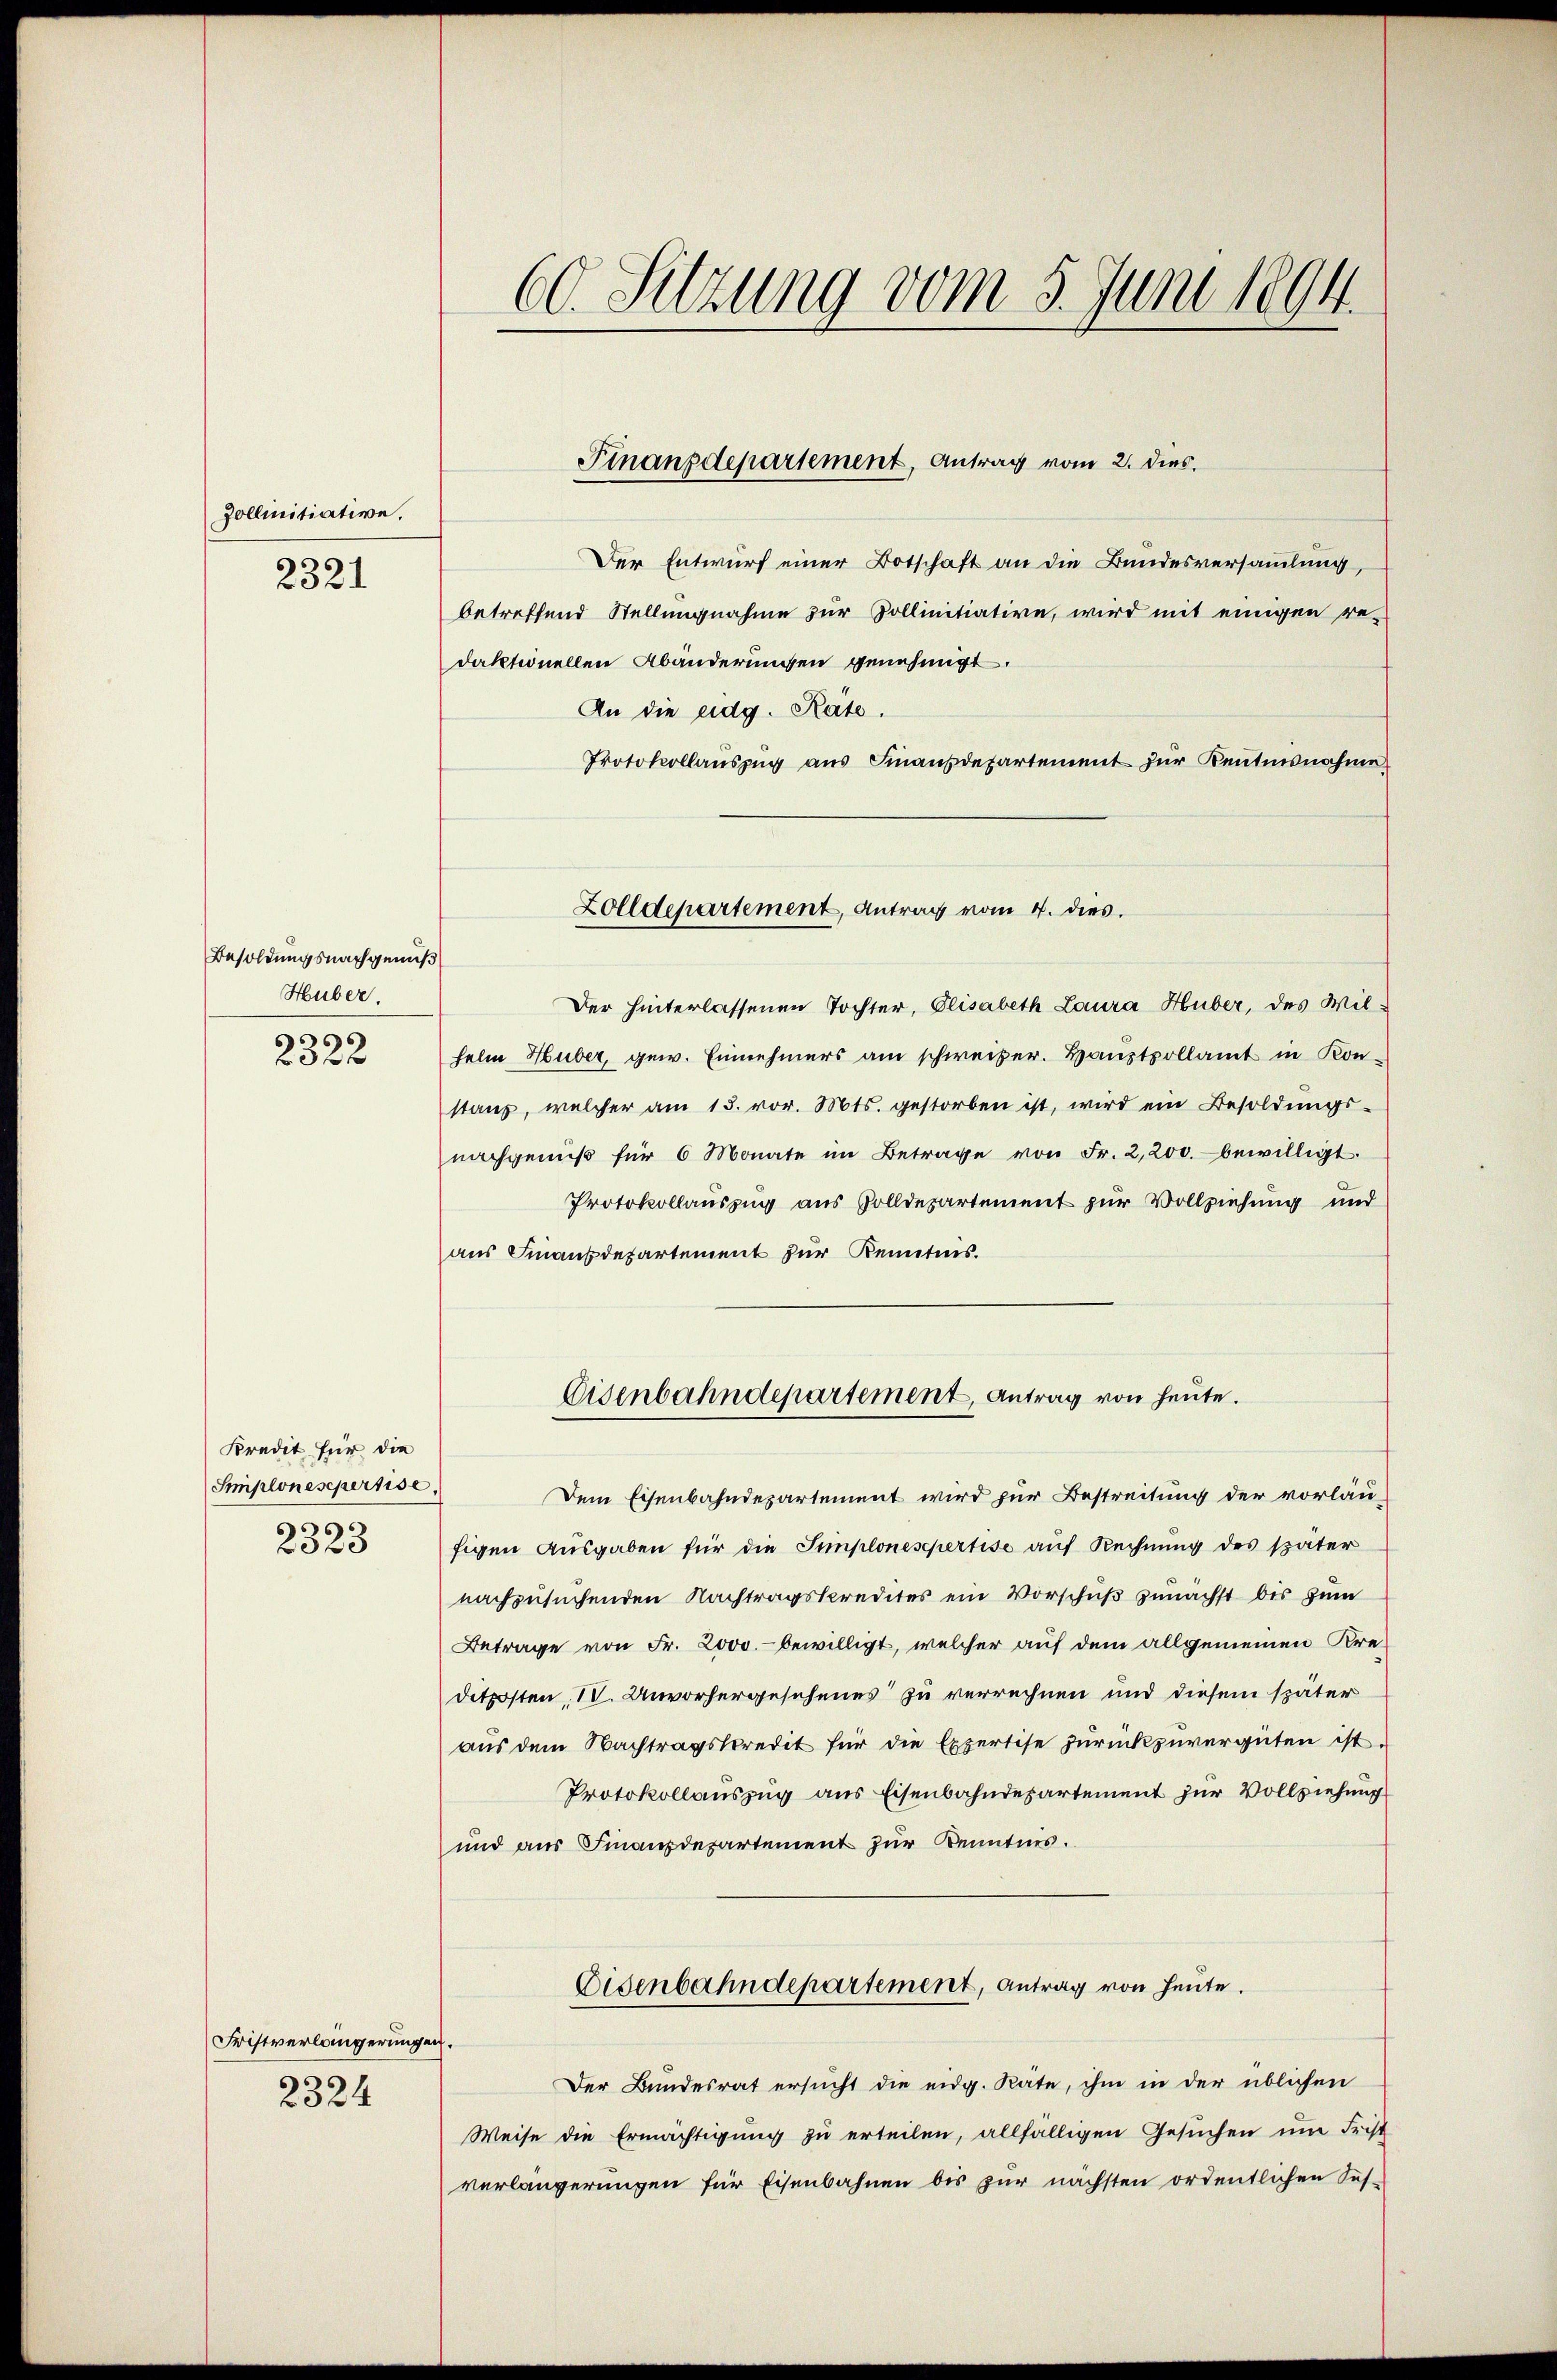
Zollinitiative.
2321

Besoldungsnachgenuß
Huber,
s
60 f

Kredit für die
Smiplonesepertise,
2323

Fristverlängerungen.
2324

60. Sitzung vom 5. Juni 1894.

Der Entwurf einer Botschaft an die Bundesversammlung,
betreffend Stellungnahme zur Pollinitiative, wird mit einigen re-
daktionellen Abänderungen genehmigt.
An die eidg. Rate.
Protokollauszug aus Finanzdepartement zur Kenntnisnahme
Der hinterlassenen Tochter, Elisabeth Laura Huber, des Wil-
helm Huber, gew. Einnehmers am schweizer. Haustpollamt in Konstanz, welcher am 13. vor. Mts. gestorben ist, wird ein Besoldŭngs-
nachgenuß für 6 Monate im Betrage von Fr. 2,200. bewilligt.
Protokollauszug aus Zolldepartement zur Vollziehung und
aus Finanzdepartement zur Kenntnis.
Disenbahndepartement, Antrag von heute.
Dem Eisenbahndepartement wird zur Bestreitung der vorläu-
figen Ausgaben für die Simploneschertise auf Rechnung des später
nachzusuchenden Nachtragskredites ein Vorschuß zunächst bis zum
Betrage von Fr. 2000.- bewilligt, welcher auf dem allgemeinen Kreditposten, IV. Unvorhergesehenes zu verrechnen und diesem später
aŭs dem Nachtragstpredit für die Expertise zŭrückzuvergüten ist.
Protokollauszug aus Eisenbahndepartement zur Vollziehung
und aus Finanzdepartement zur Kenntnis.
Eisenbahndepartement, Antrag von heute.
Der Bundesrat ersucht die eidg. Räte, ihm in der üblichen
Weise die Ermächtigung zu erteilen, allfälligen Gesuchen um Frist
verlängerungen für Eisenbahnen bis zur nächsten ordentlichen Ses-

Finanzdepartement, Antrag vom 2. dies

Zolldepartement, Antrag vom 4. dies.